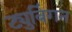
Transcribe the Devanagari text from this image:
ट्युबिंगन